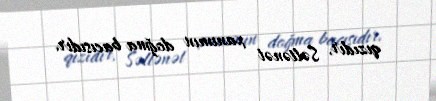
qızıdır, Səltənət xanımın doğma bacısıdır.